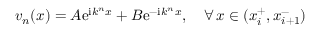
v _ { n } ( x ) = A \mathrm { e } ^ { \mathrm { i } k ^ { n } x } + B \mathrm { e } ^ { - \mathrm { i } k ^ { n } x } , \quad \forall \, x \in ( x _ { i } ^ { + } , x _ { i + 1 } ^ { - } )